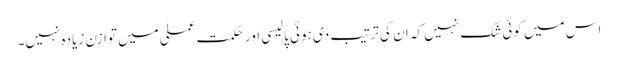
اس میں کوئی شک نہیں کہ ان کی ترتیب دی ہوئی پالیسی اور حکمت عملی میں توازن زیادہ نہیں۔